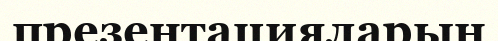
презентацияларын